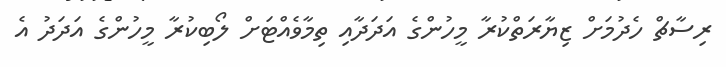
ރިސާޗް ހެދުމަށް ޒިޔާރަތްކުރާ މީހުންގެ އަދަދާއި ތިމާވެއްޓަށް ލޯބިކުރާ މީހުންގެ އަދަދު އެ